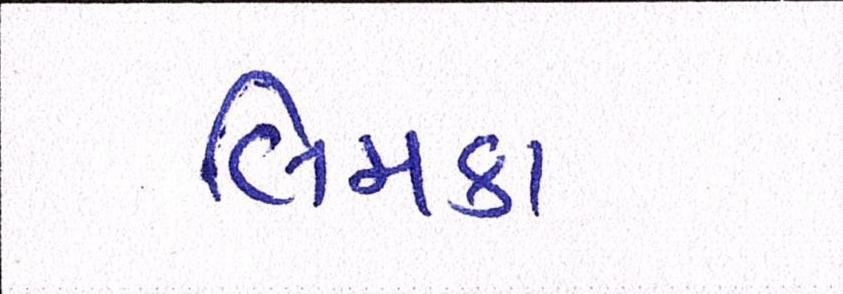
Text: લિમકા